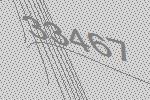
33467